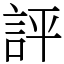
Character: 評